Annual report of the Imperial Bacteriologist
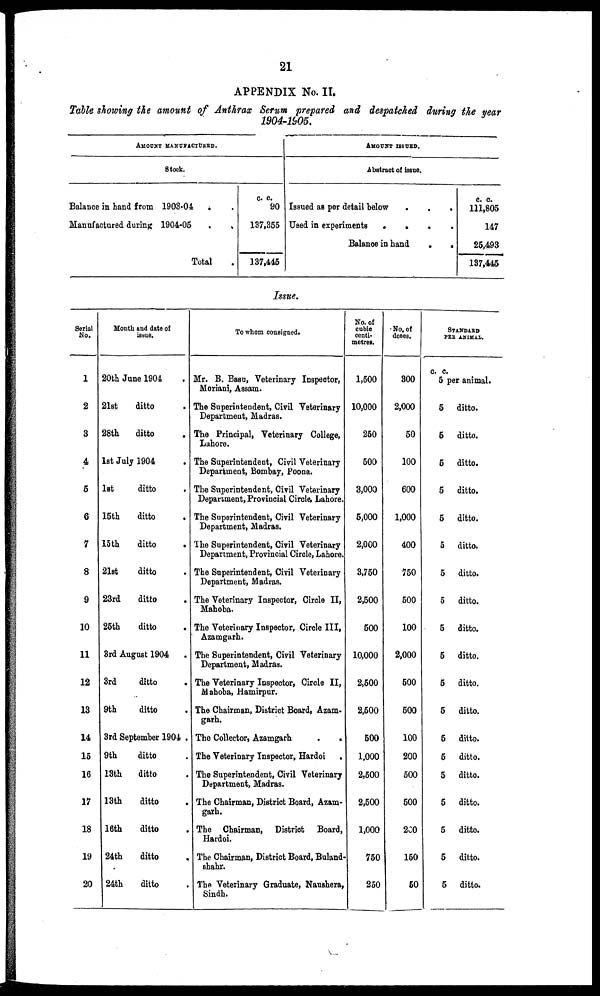
21
APPENDIX No. II.
Table showing the amount of Anthrax Serum prepared and despatched during the year
1904-1905.
AMOUNT MANUFACTURED.
Stock.
Balance in hand from 1903-04 . .
Manufactured during 1904-05
.
.
Total
c.c.
90
137,355
137,445
AMOUNT ISSUED.
Abstract of issue.
Issued as per detail below . . .
Used in experiments . . . .
Balance in hand
.
.
c. c.
111,805
147
25,493
137,445
Issue.
Serial
No.
1
2
3
4
5
6
7
8
9
10
11
12
13
14
15
16
17
18
19
20
Month and date of
issue.
20th June 1904 .
21st
ditto .
28th
ditto .
1st July 1904 .
1st
ditto .
15th
ditto .
15th
ditto .
21st
ditto .
23rd
ditto .
25th
ditto .
3rd August 1904
.
3rd
ditto .
9th
ditto .
3rd September 1904 .
9th
ditto .
13th
ditto .
13th
ditto .
16th
ditto .
24th
ditto .
24th
ditto .
To whom consigned.
Mr. B. Basu, Veterinary Inspector,
Moriani, Assam.
The Superintendent, Civil Veterinary
Department, Madras.
The Principal, Veterinary College,
Lahore.
The Superintendent, Civil Veterinary
Department, Bombay, Poona.
The Superintendent, Civil Veterinary
Department, Provincial Circle, Lahore.
The Superintendent, Civil Veterinary
Department, Madras.
The Superintendent, Civil Veterinary
Department, Provincial Circle, Lahore.
The Superintendent, Civil Veterinary
Department, Madras.
The Veterinary Inspector, Circle II,
Mahoba.
The Veterinary Inspector, Circle III,
Azamgarh.
The Superintendent, Civil Veterinary
Department, Madras.
The Veterinary Inspector, Circle II,
Mahoba, Hamirpur.
The Chairman, District Board, Azam-
garh.
The Collector, Azamgarh
.
.
The Veterinary Inspector, Hardoi .
The Superintendent, Civil Veterinary
Department, Madras.
The Chairman, District Board, Azam-
garh.
The Chairman, District Board,
Hardoi.
The Chairman, District Board, Buland-
shahr.
The Veterinary Graduate, Naushera,
Sindh.
No. of
cubic
centi-
metres.
1,500
10,000
250
500
3,000
5,000
2,000
3,750
2,500
500
10,000
2,500
2,500
500
1,000
2,500
2,500
1,000
750
250
No. of
doses.
300
2,000
50
100
600
1,000
400
750
500
100
2,000
500
500
100
200
500
500
200
150
50
STANDARD
PER ANIMAL.
c. c.
5 per animal.
5
5
5
5
5
5
5
5
5
5
5
5
5
5
5
5
5
5
5
ditto.
ditto.
ditto.
ditto.
ditto.
ditto.
ditto.
ditto.
ditto.
ditto.
ditto.
ditto.
ditto.
ditto.
ditto.
ditto.
ditto.
ditto.
ditto.